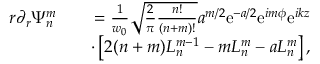
\begin{array} { r l r } { r \partial _ { r } \Psi _ { n } ^ { m } } & { } & { = \frac { 1 } { w _ { 0 } } \sqrt { \frac { 2 } { \pi } \frac { n ! } { ( n + m ) ! } } a ^ { m / 2 } \mathrm { e } ^ { - a / 2 } \mathrm { e } ^ { i m \phi } \mathrm { e } ^ { i k z } } \\ & { } & { \cdot \left[ 2 ( n + m ) L _ { n } ^ { m - 1 } - m L _ { n } ^ { m } - a L _ { n } ^ { m } \right] , } \end{array}